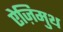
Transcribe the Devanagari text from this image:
ऐज़िमुथ